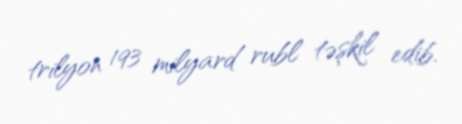
trilyon 193 milyard rubl təşkil edib.